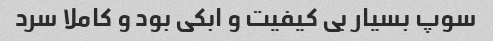
سوپ بسیار بی کیفیت و ابکی بود و کاملا سرد